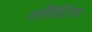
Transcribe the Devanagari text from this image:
लौरेंटिस